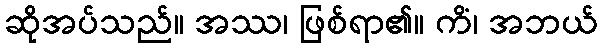
ဆိုအပ်သည်။ အဿ၊ ဖြစ်ရာ၏။ ကိံ၊ အဘယ်